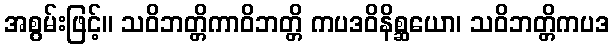
အစွမ်းဖြင့်။ သဝိဘတ္တိကာဝိဘတ္တိ ကပဒဝိနိစ္ဆယော၊ သဝိဘတ္တိကပဒ